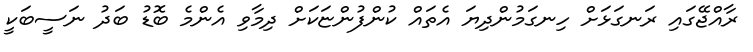
ރާއްޖޭގައި ރަނގަޅަށް ހިނގަމުންދިޔަ އެތައް ކުންފުންޏަކަށް ދިމާވި އެންމެ ބޮޑު ބަދު ނަސީބަކީ